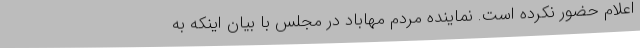
اعلام حضور نکرده است. نماینده مردم مهاباد در مجلس با بیان اینکه به